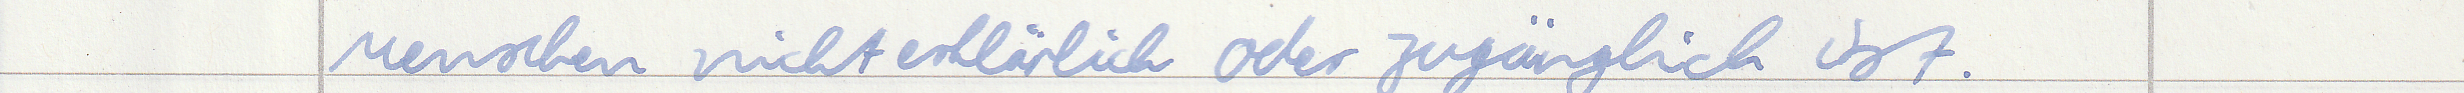
Menschen nicht erklärlich oder zugänglich ist.